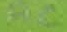
Text: AC